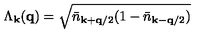
\Lambda _ { { \bf { k } } } ( { \bf { q } } ) = \sqrt { { \bar { n } } _ { { \bf { k } } + { \bf { q } } / 2 } ( 1 - { \bar { n } } _ { { \bf { k } } - { \bf { q } } / 2 } ) }